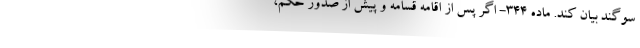
سوگند بیان کند. ماده ۳۴۴- اگر پس از اقامه قسامه و پیش از صدور حکم،